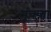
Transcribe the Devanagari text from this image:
मूकता